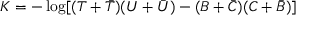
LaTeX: K = - \log [ ( T + { \bar { T } } ) ( U + { \bar { U } } ) - ( B + { \bar { C } } ) ( C + { \bar { B } } ) ]